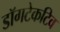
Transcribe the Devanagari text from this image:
डॉगटेकटिव